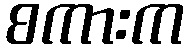
စကားက